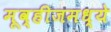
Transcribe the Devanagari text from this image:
मूव्हीजमध्ये